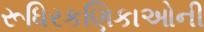
રૂધિરકણિકાઓની